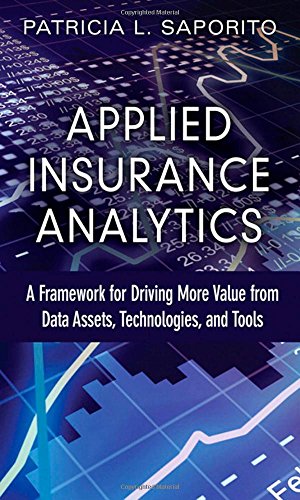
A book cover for Applied Insurance Analytics: A Framework for Driving More Value from Data Assets, Technologies, and Tools (FT Press Analytics); Patricia L Saporito; Computers & Technology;